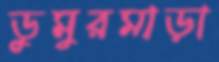
ডুমুরমাড়া